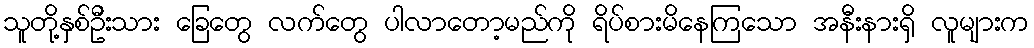
သူတို့နှစ်ဦးသား ခြေတွေ လက်တွေ ပါလာတော့မည်ကို ရိပ်စားမိနေကြသော အနီးနားရှိ လူများက